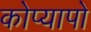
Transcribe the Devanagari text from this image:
कोप्यापो